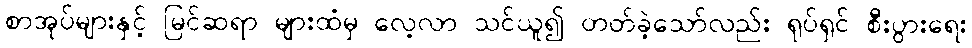
စာအုပ်များနှင့် မြင်ဆရာ များထံမှ လေ့လာ သင်ယူ၍ တတ်ခဲ့သော်လည်း ရုပ်ရှင် စီးပွားရေး